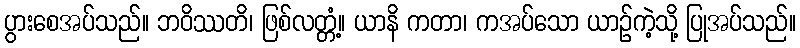
ပွားစေအပ်သည်။ ဘဝိဿတိ၊ ဖြစ်လတ္တံ့။ ယာနိ ကတာ၊ ကအပ်သော ယာဉ်ကဲ့သို့ ပြုအပ်သည်။